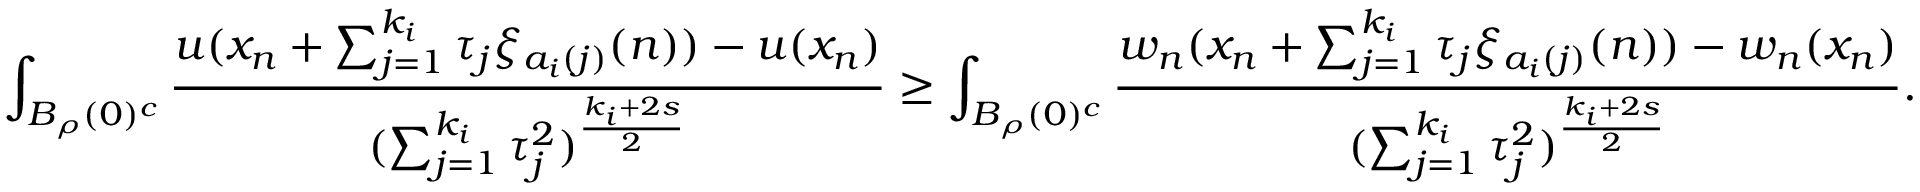
\int _ { B _ { \rho } ( 0 ) ^ { c } } \frac { u ( x _ { n } + \sum _ { j = 1 } ^ { k _ { i } } \tau _ { j } \xi _ { a _ { i } ( j ) } ( n ) ) - u ( x _ { n } ) } { ( \sum _ { j = 1 } ^ { k _ { i } } \tau _ { j } ^ { 2 } ) ^ { \frac { k _ { i } + 2 s } { 2 } } } \ge \int _ { B _ { \rho } ( 0 ) ^ { c } } \frac { w _ { n } ( x _ { n } + \sum _ { j = 1 } ^ { k _ { i } } \tau _ { j } \xi _ { a _ { i } ( j ) } ( n ) ) - w _ { n } ( x _ { n } ) } { ( \sum _ { j = 1 } ^ { k _ { i } } \tau _ { j } ^ { 2 } ) ^ { \frac { k _ { i } + 2 s } { 2 } } } .